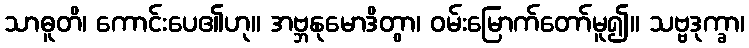
သာဓူတိ၊ ကောင်းပေ၏ဟု။ အဗ္ဘနုမောဒိတွာ၊ ဝမ်းမြောက်တော်မူ၍။ သဗ္ဗဒုက္ခာ၊